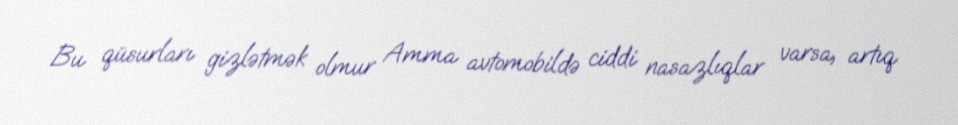
Bu qüsurları gizlətmək olmur Amma avtomobildə ciddi nasazlıqlar varsa, artıq